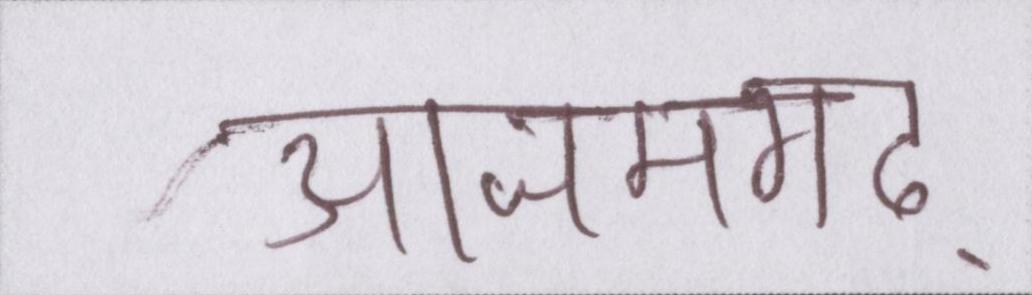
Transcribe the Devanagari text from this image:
आजमगढ़